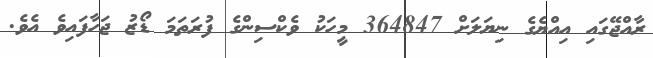
ރާއްޖޭގައި އިއްޔެގެ ނިޔަލަށް 364847 މީހަކު ވެކްސިންގެ ފުރަތަމަ ޑޯޒު ޖަހާފައިވެ އެވެ.